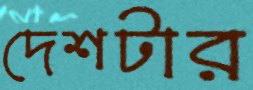
দেশটার